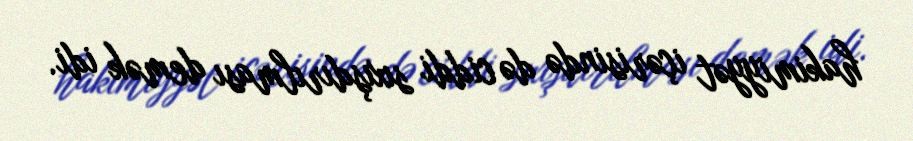
hakimiyyət içərisində də ciddi sıxışdırılması demək idi.